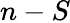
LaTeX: n-S